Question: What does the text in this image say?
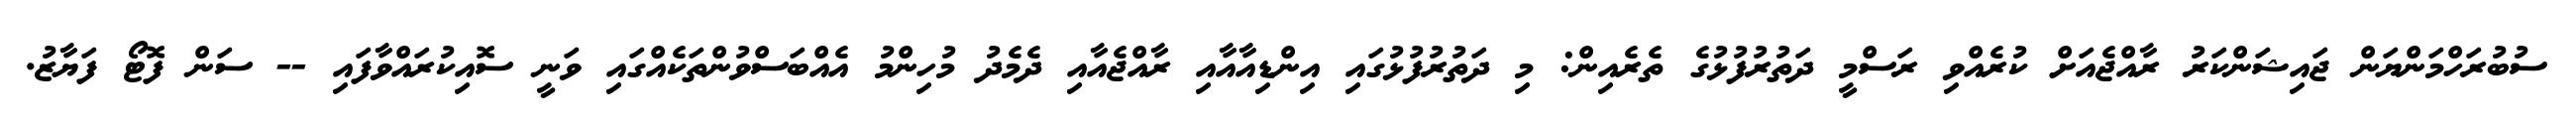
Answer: ސުބުރަހްމަންޔަން ޖައިޝަންކަރު ރާއްޖެއަށް ކުރެއްވި ރަސްމީ ދަތުރުފުޅުގެ ތެރެއިން: މި ދަތުރުފުޅުގައި އިންޑިއާއާއި ރާއްޖެއާއި ދެމެދު މުހިންމު އެއްބަސްވުންތަކެއްގައި ވަނީ ސޮއިކުރައްވާފައި -- ސަން ފޮޓޯ ފަޔާޒު.